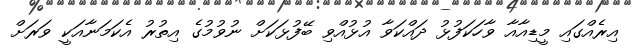
އިރެއްގައި މީޑިއާއާ ވާހަކަފުޅު ދައްކަވާ އުޅުއްވި ބޭފުޅަކަށް ނުވުމުގެ އިތުރު އެކަމަނާއަކީ ވަރަށް